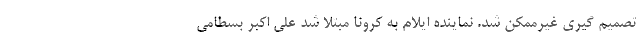
تصمیم گیری غیرممکن شد. نماینده ایلام به کرونا مبتلا شد علی اکبر بسطامی